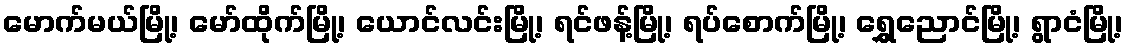
မောက်မယ်မြို့၊ မော်ထိုက်မြို့၊ ယောင်လင်းမြို့၊ ရင်ဖန့်မြို့၊ ရပ်စောက်မြို့၊ ရွှေညောင်မြို့၊ ရွာငံမြို့၊